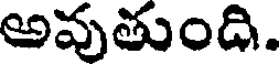
అవుతుంది.